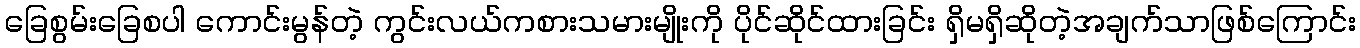
ခြေစွမ်းခြေစပါ ကောင်းမွန်တဲ့ ကွင်းလယ်ကစားသမားမျိုးကို ပိုင်ဆိုင်ထားခြင်း ရှိမရှိဆိုတဲ့အချက်သာဖြစ်ကြောင်း